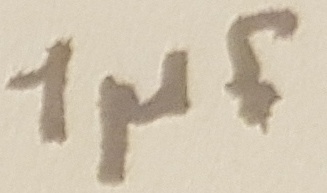
Text: 1µF